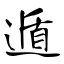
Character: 遁